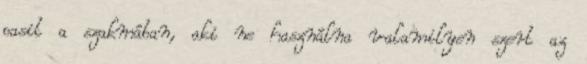
pasit a szakmában, aki ne használna valamilyen szert az